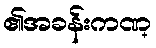
၏အခန်းကဏ္